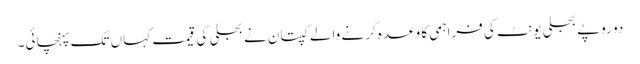
دو روپے بجلی یونٹ کی فراہمی کا وعدہ کرنے والے کپتان نے بجلی کی قیمت کہاں تک پہنچائی۔